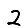
Digit: 2